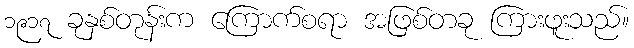
၁၉၁၇ ခုနှစ်တုန်းက ကြောက်စရာ အဖြစ်တခု ကြားဖူးသည်။